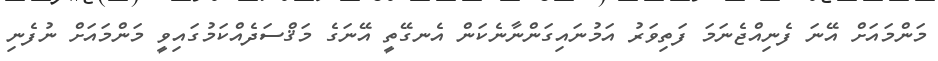
މަންމައަށް އޭނަ ފެނިއްޖެނަމަ ފަތިވަރު އަމުނައިގަންނާނެކަން އެނގޭތީ އޭނަގެ މަޤްސަދެއްކަމުގައިވީ މަންމައަށް ނުފެނި